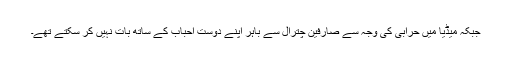
جبکہ میڈیا میں حرابی کی وجہ سے صارفین چترال سے باہر اپنے دوست احباب کے ساتھ بات نہیں کر سکتے تھے۔